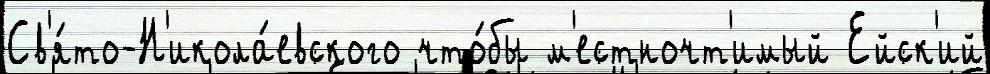
Св'я́то-Н'икола́евского что́бы м'естночт'имый Ейск'ий